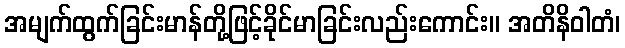
အမျက်ထွက်ခြင်းမာန်တို့ဖြင့်ခိုင်မာခြင်းလည်းကောင်း။ အတိနိဝါတံ၊